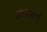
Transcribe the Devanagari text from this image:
अस्थिभागों